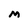
Character: M